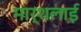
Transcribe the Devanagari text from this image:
मार्शलाई